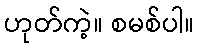
ဟုတ်ကဲ့။ စမစ်ပါ။